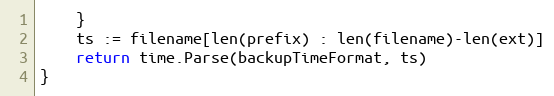
Language: Go
	}
	ts := filename[len(prefix) : len(filename)-len(ext)]
	return time.Parse(backupTimeFormat, ts)
}